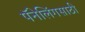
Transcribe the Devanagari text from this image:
पॅनेलिंगसाठी